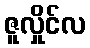
ဇူလှိုင်လ